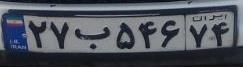
۲۷ب۵۴۶۷۴